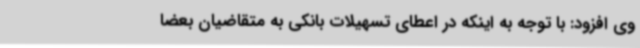
وی افزود: با توجه به اینکه در اعطای تسهیلات بانکی به متقاضیان بعضا